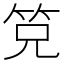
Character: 𰩴